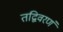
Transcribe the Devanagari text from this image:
तद्विवरणं